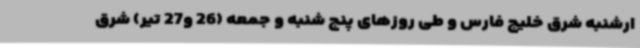
ارشنبه شرق خلیج فارس و طی روزهای پنج شنبه و جمعه (26 و27 تیر) شرق